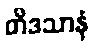
တိဒသာနံ